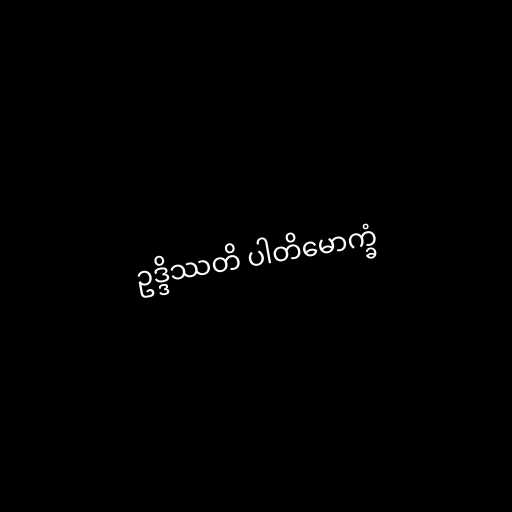
ဥဒ္ဒိဿတိ ပါတိမောက္ခံ